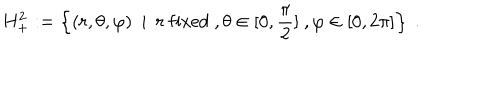
LaTeX: H _ { + } ^ { 2 } : = \left\{ ( r , \theta , \varphi ) \ \ | \ \ r \ \mathrm { f i x e d } \ , \theta \in [ 0 , \frac { \pi } { 2 } ] \ , \varphi \in [ 0 , 2 \pi ] \right\} \ .